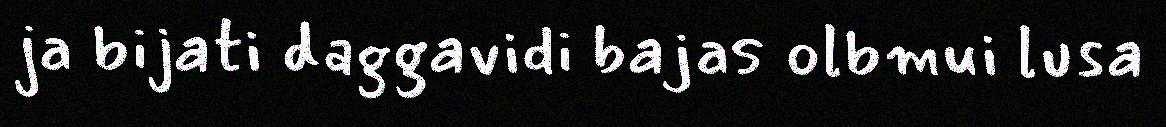
ja bijati daggavidi bajas olbmui lusa